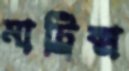
মাট্রিক্স